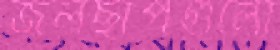
জলছাপগুলো